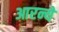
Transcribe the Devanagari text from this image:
आरन्ये